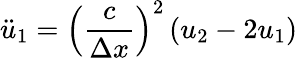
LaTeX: {\ddot{u}}_{1}={\left({\frac{c}{\Delta x}}\right)}^{2}\left(u_{2}-2u_{1}\right)